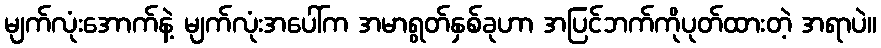
မျက်လုံးအောက်နဲ့ မျက်လုံးအပေါ်က အမာရွတ်နှစ်ခုဟာ အပြင်ဘက်ကိုပုတ်ထားတဲ့ အရာပဲ။